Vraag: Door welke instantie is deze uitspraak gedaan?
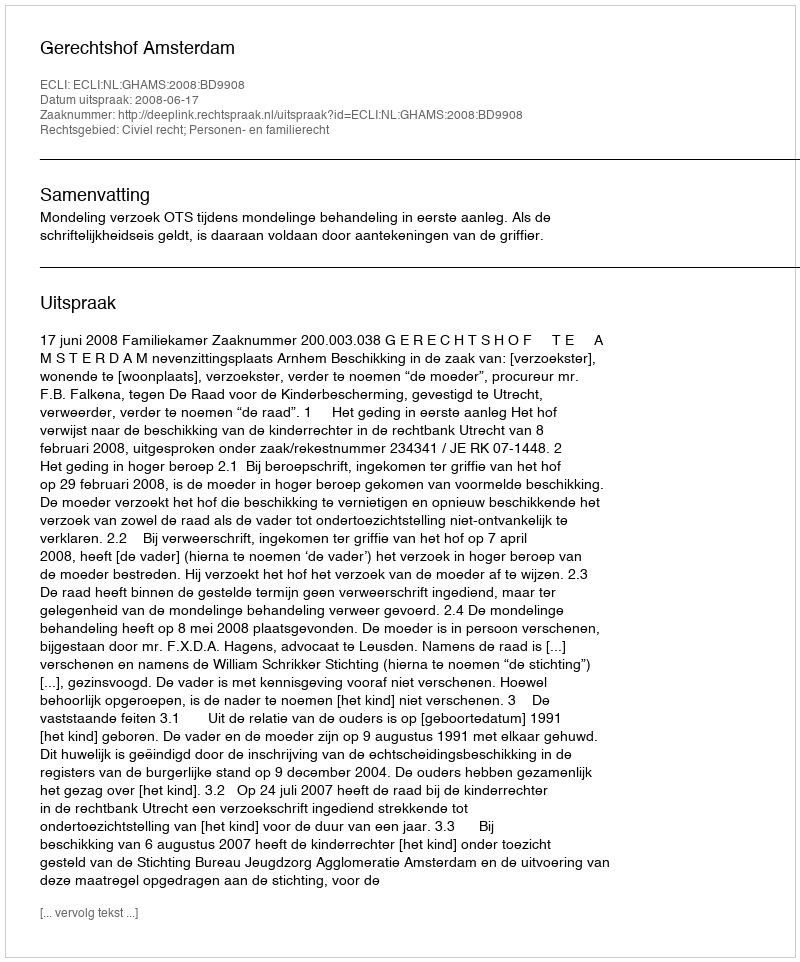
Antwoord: Gerechtshof Amsterdam